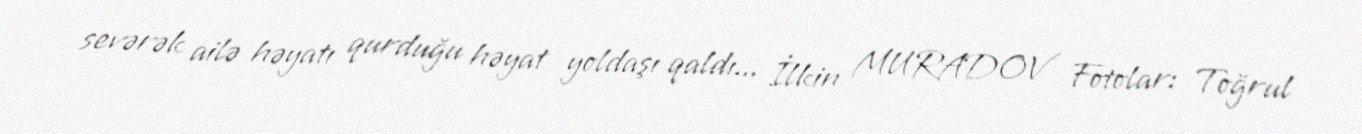
sevərək ailə həyatı qurduğu həyat yoldaşı qaldı... İlkin MURADOV Fotolar: Toğrul